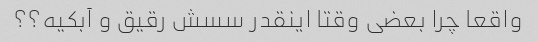
واقعا چرا بعضی وقتا اینقدر سسش رقیق و آبکیه؟؟